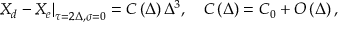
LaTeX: \left. X _ { d } - X _ { e } \right| _ { \tau = 2 \Delta , \sigma = 0 } = C \left( \Delta \right) \Delta ^ { 3 } , \quad C \left( \Delta \right) = C _ { 0 } + O \left( \Delta \right) ,